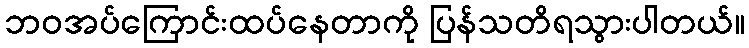
ဘဝအပ်ကြောင်းထပ်နေတာကို ပြန်သတိရသွားပါတယ်။